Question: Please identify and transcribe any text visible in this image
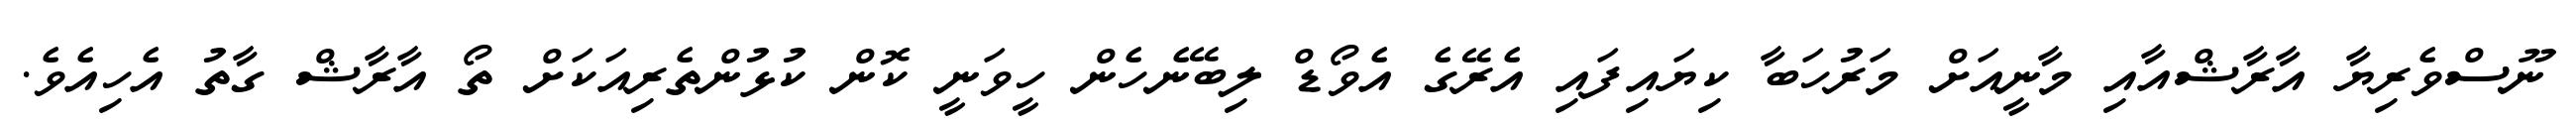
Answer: ނޫސްވެރިޔާ އާރާޝްއާއި މާނީއަށް މަރުހަބާ ކިޔައިފައި އެރޭގެ އެވޯޑް ލިބޭނެހެން ހީވަނީ ކޮން ކުޅުންތެރިއަކަށް ތޯ އާރާޝް ގާތު އެހިއެވެ.